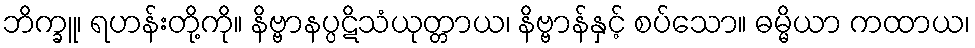
ဘိက္ခူ၊ ရဟန်းတို့ကို။ နိဗ္ဗာနပ္ပဋိသံယုတ္တာယ၊ နိဗ္ဗာန်နှင့် စပ်သော။ ဓမ္မိယာ ကထာယ၊